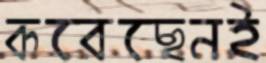
করেছেনই